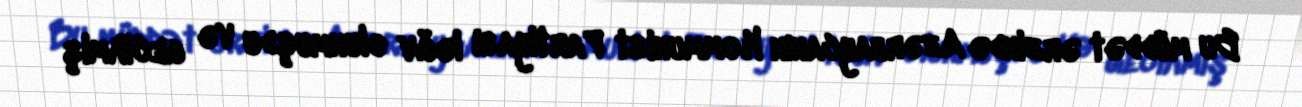
Bu müddət ərzində Azərbaycanın Kommunist Partiyası ləğv olunmuşdu və gecikmiş